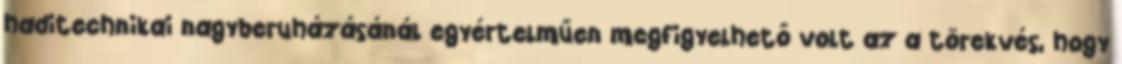
haditechnikai nagyberuházásánál egyértelműen megfigyelhető volt az a törekvés, hogy